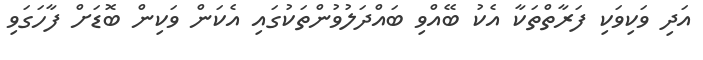
އަދި ވަކިވަކި ފަރާތްތަކާ އެކު ބޭއްވި ބައްދަލުވުންތަކުގައި އެކަން ވަކިން ބޮޑަށް ފާހަގަވި